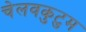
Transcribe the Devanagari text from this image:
चेलवकुटुम